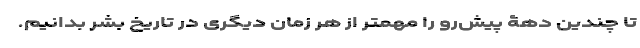
تا چندین دهۀ پیش‌رو را مهمتر از هر زمان دیگری در تاریخ بشر بدانیم.